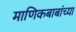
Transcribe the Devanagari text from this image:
माणिकबाबांच्या